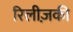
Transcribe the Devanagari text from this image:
रिलीज़की